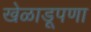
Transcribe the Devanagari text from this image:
खेळाडूपणा